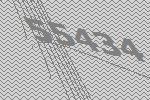
55434